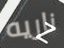
ناريه